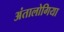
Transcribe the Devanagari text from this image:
अंतालोगिया